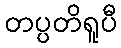
တပ္ပတိရူပီ